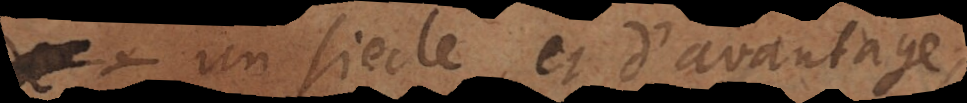
un siecle et d’avantage